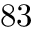
8 3